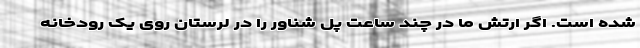
شده است. اگر ارتش ما در چند ساعت پل شناور را در لرستان روی یک رودخانه